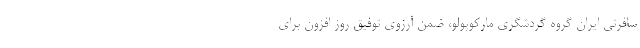
سافرتی ایران گروه گردشگری مارکوپولو، ضمن آرزوی توفیق روز افزون برای